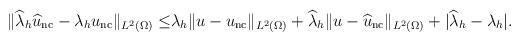
LaTeX: \begin{align*}\Vert \widehat{\lambda}_h\widehat{u}_{\mathrm{nc}}-\lambda_h u_{\mathrm{nc}}\Vert_{L^2(\Omega)} \le& \lambda_h \Vert u-u_{\mathrm{nc}}\Vert_{L^2(\Omega)} +\widehat{\lambda}_h \Vert u-\widehat{u}_{\mathrm{nc}}\Vert_{L^2(\Omega)}+\vert \widehat{\lambda}_h-\lambda_h\vert.\end{align*}